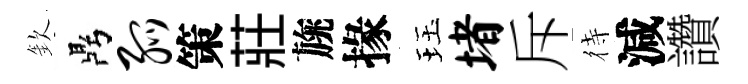
欽鼎弧策莊旐掾珏堵斥待減讚